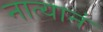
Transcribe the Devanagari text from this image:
नात्यानं